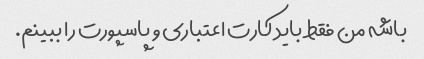
باشه من فقط باید کارت اعتباری و پاسپورت را ببینم.